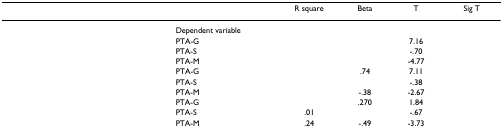
<table><thead><tr><td>[EMPTY_CELL]</td><td>[EMPTY_CELL]</td><td><b>R square</b></td><td><b>Beta</b></td><td><b>T</b></td><td><b>Sig T</b></td></tr></thead><tbody><tr><td>[EMPTY_CELL]</td><td>Dependent variable</td><td>[EMPTY_CELL]</td><td>[EMPTY_CELL]</td><td>[EMPTY_CELL]</td><td>[EMPTY_CELL]</td></tr><tr><td>[EMPTY_CELL]</td><td>PTA-G</td><td>[EMPTY_CELL]</td><td>[EMPTY_CELL]</td><td>7.16</td><td>[EMPTY_CELL]</td></tr><tr><td>[EMPTY_CELL]</td><td>PTA-S</td><td>[EMPTY_CELL]</td><td>[EMPTY_CELL]</td><td>-.70</td><td>[EMPTY_CELL]</td></tr><tr><td>[EMPTY_CELL]</td><td>PTA-M</td><td>[EMPTY_CELL]</td><td>[EMPTY_CELL]</td><td>-4.77</td><td>[EMPTY_CELL]</td></tr><tr><td>[EMPTY_CELL]</td><td>PTA-G</td><td>[EMPTY_CELL]</td><td>.74</td><td>7.11</td><td>[EMPTY_CELL]</td></tr><tr><td>[EMPTY_CELL]</td><td>PTA-S</td><td>[EMPTY_CELL]</td><td>[EMPTY_CELL]</td><td>-.38</td><td>[EMPTY_CELL]</td></tr><tr><td>[EMPTY_CELL]</td><td>PTA-M</td><td>[EMPTY_CELL]</td><td>-.38</td><td>-2.67</td><td>[EMPTY_CELL]</td></tr><tr><td>[EMPTY_CELL]</td><td>PTA-G</td><td>[EMPTY_CELL]</td><td>.270</td><td>1.84</td><td>[EMPTY_CELL]</td></tr><tr><td>[EMPTY_CELL]</td><td>PTA-S</td><td>.01</td><td>[EMPTY_CELL]</td><td>-.67</td><td>[EMPTY_CELL]</td></tr><tr><td>[EMPTY_CELL]</td><td>PTA-M</td><td>.24</td><td>-.49</td><td>-3.73</td><td>[EMPTY_CELL]</td></tr></tbody></table>